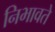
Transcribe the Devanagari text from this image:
निभावते